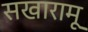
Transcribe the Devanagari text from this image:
सखारामू